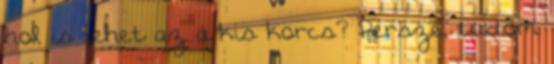
hol is lehet az a kis korcs? Persze, tudom